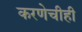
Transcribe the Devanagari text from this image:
करणेचीही